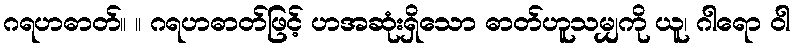
ဂရဟဓာတ်။ ။ ဂရဟဓာတ်ဖြင့် ဟအဆုံးရှိသော ဓာတ်ဟူသမျှကို ယူ၊ ဂါရော ဝါ